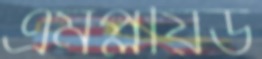
এমপ্লয়িড